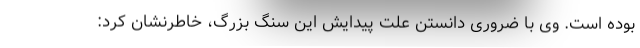
بوده است. وی با ضروری دانستن علت پیدایش این سنگ بزرگ، خاطرنشان کرد: